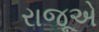
રાજૂએ